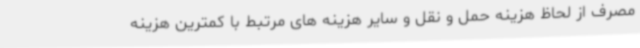
مصرف از لحاظ هزینه حمل و نقل و سایر هزینه های مرتبط با کمترین هزینه